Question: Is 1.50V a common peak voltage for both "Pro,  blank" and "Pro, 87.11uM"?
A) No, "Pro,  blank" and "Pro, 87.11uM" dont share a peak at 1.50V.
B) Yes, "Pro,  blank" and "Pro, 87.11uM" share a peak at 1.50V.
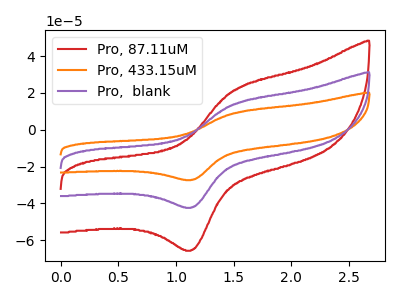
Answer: <think>The red curve "Pro, 87.11uM" has an anodic peak at (1.50V, 21.35uA) and a cathodic peak at (1.15V, -65.30uA). The orange curve "Pro, 433.15uM" has an anodic peak at (1.50V, 27.60uA) and a cathodic peak at (1.15V, -84.35uA). The purple curve "Pro,  blank" has an anodic peak at (1.50V, 13.80uA) and a cathodic peak at (1.15V, -42.15uA).</think>
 <answer>B) Yes, "Pro,  blank" and "Pro, 87.11uM" share a peak at 1.50V.</answer>
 <eval>B</eval>